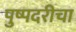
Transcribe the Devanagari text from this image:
पुष्पदरीचा